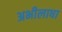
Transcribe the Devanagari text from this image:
अभीलाषा